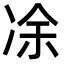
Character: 凃